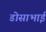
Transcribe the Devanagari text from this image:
डोसाभाई